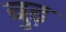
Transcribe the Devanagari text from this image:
बु़ढ़